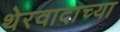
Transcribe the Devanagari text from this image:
थेरवादाच्या